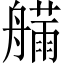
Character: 𱽂